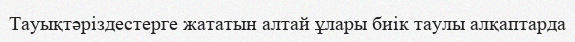
Тауықтәріздестерге жататын алтай ұлары биік таулы алқаптарда